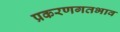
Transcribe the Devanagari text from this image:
प्रकरणगतभाव